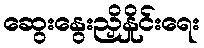
ဆွေးနွေးညှိနှိုင်းရေး